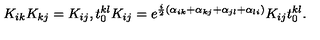
K _ { i k } K _ { k j } = K _ { i j } , t _ { 0 } ^ { k l } K _ { i j } = e ^ { { \frac { i } { 2 } } ( \alpha _ { i k } + \alpha _ { k j } + \alpha _ { j l } + \alpha _ { l i } ) } K _ { i j } t _ { 0 } ^ { k l } .